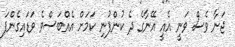
ޖަނާ ވެސް ވަނީ އެއީ އޭނާގެ ދެ ކުންފުނި ކަމަށް އެއްބަސްވެ ވަޑައިގެންފަ